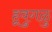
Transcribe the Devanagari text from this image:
हूवुगळु